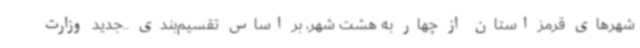
شهرهای قرمز استان از چهار به هشت شهر، بر اساس تقسیم‌بندی ..جدید وزارت